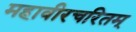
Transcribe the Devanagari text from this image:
महावीरचरितम्